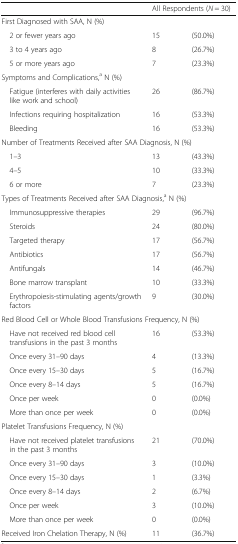
<table><thead><tr><td></td><td colspan="2"><b>All Respondents (<i>N</i> = 30)</b></td></tr></thead><tbody><tr><td colspan="3">First Diagnosed with SAA, N (%)</td></tr><tr><td> 2 or fewer years ago</td><td>15</td><td>(50.0%)</td></tr><tr><td> 3 to 4 years ago</td><td>8</td><td>(26.7%)</td></tr><tr><td> 5 or more years ago</td><td>7</td><td>(23.3%)</td></tr><tr><td colspan="3">Symptoms and Complications,<sup>a</sup> N (%)</td></tr><tr><td> Fatigue (interferes with daily activities like work and school)</td><td>26</td><td>(86.7%)</td></tr><tr><td> Infections requiring hospitalization</td><td>16</td><td>(53.3%)</td></tr><tr><td> Bleeding</td><td>16</td><td>(53.3%)</td></tr><tr><td colspan="3">Number of Treatments Received after SAA Diagnosis, N (%)</td></tr><tr><td> 1–3</td><td>13</td><td>(43.3%)</td></tr><tr><td> 4–5</td><td>10</td><td>(33.3%)</td></tr><tr><td> 6 or more</td><td>7</td><td>(23.3%)</td></tr><tr><td colspan="3">Types of Treatments Received after SAA Diagnosis,<sup>a</sup> N (%)</td></tr><tr><td> Immunosuppressive therapies</td><td>29</td><td>(96.7%)</td></tr><tr><td> Steroids</td><td>24</td><td>(80.0%)</td></tr><tr><td> Targeted therapy</td><td>17</td><td>(56.7%)</td></tr><tr><td> Antibiotics</td><td>17</td><td>(56.7%)</td></tr><tr><td> Antifungals</td><td>14</td><td>(46.7%)</td></tr><tr><td> Bone marrow transplant</td><td>10</td><td>(33.3%)</td></tr><tr><td> Erythropoiesis-stimulating agents/growth factors</td><td>9</td><td>(30.0%)</td></tr><tr><td colspan="3">Red Blood Cell or Whole Blood Transfusions Frequency, N (%)</td></tr><tr><td> Have not received red blood cell transfusions in the past 3 months</td><td>16</td><td>(53.3%)</td></tr><tr><td> Once every 31–90 days</td><td>4</td><td>(13.3%)</td></tr><tr><td> Once every 15–30 days</td><td>5</td><td>(16.7%)</td></tr><tr><td> Once every 8–14 days</td><td>5</td><td>(16.7%)</td></tr><tr><td> Once per week</td><td>0</td><td>(0.0%)</td></tr><tr><td> More than once per week</td><td>0</td><td>(0.0%)</td></tr><tr><td colspan="3">Platelet Transfusions Frequency, N (%)</td></tr><tr><td> Have not received platelet transfusions in the past 3 months</td><td>21</td><td>(70.0%)</td></tr><tr><td> Once every 31–90 days</td><td>3</td><td>(10.0%)</td></tr><tr><td> Once every 15–30 days</td><td>1</td><td>(3.3%)</td></tr><tr><td> Once every 8–14 days</td><td>2</td><td>(6.7%)</td></tr><tr><td> Once per week</td><td>3</td><td>(10.0%)</td></tr><tr><td> More than once per week</td><td>0</td><td>(0.0%)</td></tr><tr><td>Received Iron Chelation Therapy, N (%)</td><td>11</td><td>(36.7%)</td></tr></tbody></table>